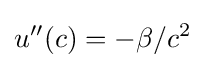
u''(c)=-\beta /c^{2}